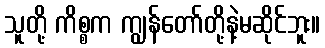
သူတို့ ကိစ္စက ကျွန်တော်တို့နဲ့မဆိုင်ဘူး။